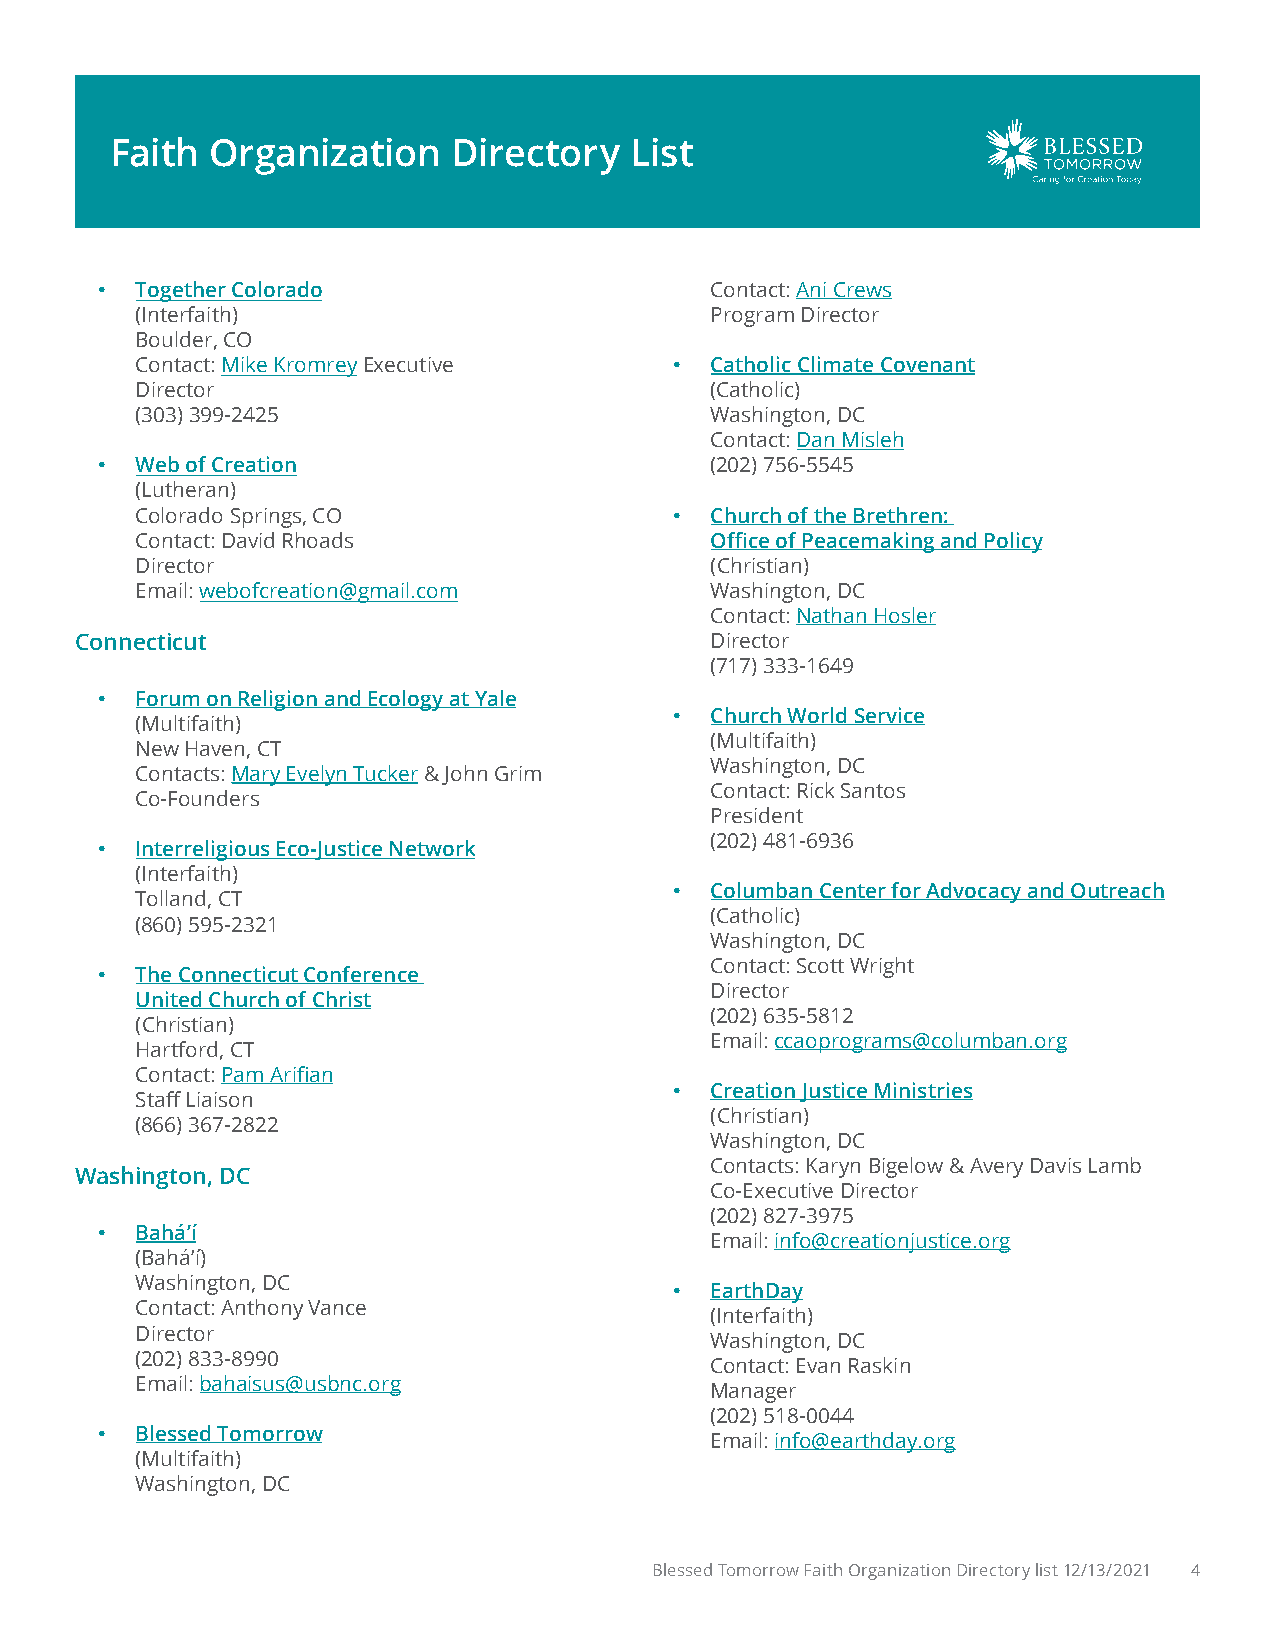
Faith  Organization    Directory   List
 •  Together Colorado                     Contact: Ani Crews
 (Interfaith)                          Program Director
 Boulder, CO
 Contact: Mike Kromrey Executive     • Catholic Climate Covenant
 Director                              (Catholic)
 (303)399-2425                         Washington, DC
 Contact: Dan Misleh
 •  Web of Creation                       (202)756-5545
 (Lutheran)
 Colorado Springs, CO                • Church of the Brethren:
 Contact: David Rhoads                 Office of Peacemaking and Policy
 Director                              (Christian)
 Email: webofcreation@gmail.com        Washington, DC
 Contact: Nathan Hosler
 Connecticut                               Director
 (717)333-1649
 •  Forum on Religion and Ecology at Yale
 • Church World Service
 (Multifaith)
 (Multifaith)
 New Haven, CT
 Washington, DC
 Contacts: Mary Evelyn Tucker & John Grim
 Contact: Rick Santos
 Co-Founders
 President
 (202)481-6936
 •  Interreligious Eco-Justice Network
 (Interfaith)
 • Columban Center for Advocacy and Outreach
 Tolland, CT
 (Catholic)
 (860)595-2321
 Washington, DC
 Contact: Scott Wright
 •  The Connecticut Conference
 Director
 United Church of Christ
 (202)635-5812
 (Christian)
 Email: ccaoprograms@columban.org
 Hartford, CT
 Contact: Pam Arifian
 • Creation Justice Ministries
 Staff Liaison
 (Christian)
 (866)367-2822
 Washington, DC
 Contacts: Karyn Bigelow & Avery Davis Lamb
 Washington, DC
 Co-Executive Director
 (202)827-3975
 •  Bahá’í
 Email: info@creationjustice.org
 (Bahá’í)
 Washington, DC
 • EarthDay
 Contact: Anthony Vance
 (Interfaith)
 Director
 Washington, DC
 (202)833-8990
 Contact: Evan Raskin
 Email: bahaisus@usbnc.org
 Manager
 (202)518-0044
 •  Blessed Tomorrow
 Email: info@earthday.org
 (Multifaith)
 Washington, DC
 Blessed Tomorrow Faith Organization Directory list 12/13/2021 4